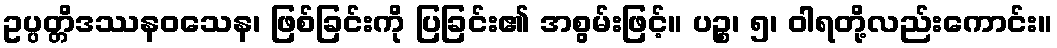
ဥပ္ပတ္တိဒဿနဝသေန၊ ဖြစ်ခြင်းကို ပြခြင်း၏ အစွမ်းဖြင့်။ ပဉ္စ၊ ၅၊ ဝါရတို့လည်းကောင်း။